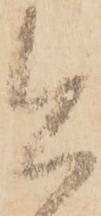
今